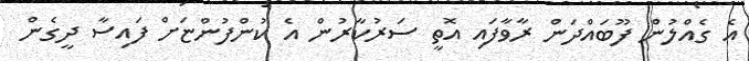
އެ ގެއްލުން ފޫބައްދަން ރާވާފައި އޮތީ ސަރުކާރުން އެ ކުންފުންޏަށް ފައިސާ ދީގެން